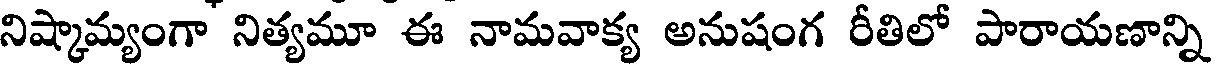
నిష్కామ్యంగా నిత్యమూ ఈ నామవాక్య అనుషంగ రీతిలో పారాయణాన్ని